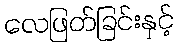
လေဖြတ်ခြင်းနှင့်